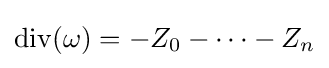
\operatorname {div} (\omega )=-Z_{0}-\dots -Z_{n}